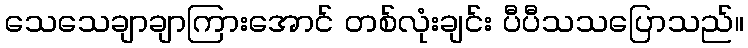
သေသေချာချာကြားအောင် တစ်လုံးချင်း ပီပီသသပြောသည်။